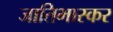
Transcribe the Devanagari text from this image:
जातिभास्कर